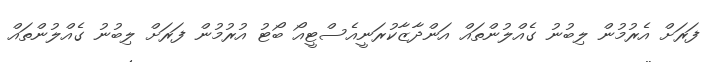
ފަރަށް އެރުމުން ލިބުނު ގެއްލުންތައް އަންދާޒާކުރަނީއެސްޓީއޯ ބޯޓު އުރުމުން ފަރަށް ލިބުނު ގެއްލުންތައް